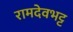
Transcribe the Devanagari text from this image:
रामदेवभट्ट